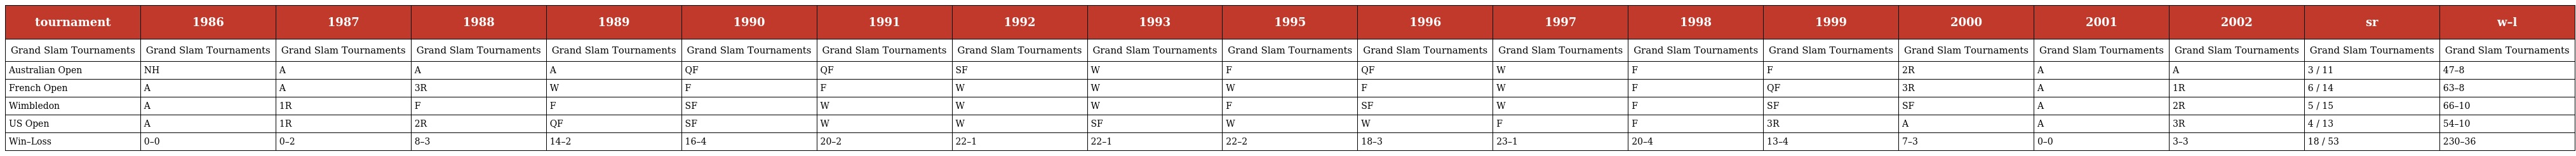
| tournament | 1986 | 1987 | 1988 | 1989 | 1990 | 1991 | 1992 | 1993 | 1995 | 1996 | 1997 | 1998 | 1999 | 2000 | 2001 | 2002 | sr | w–l |
 | --- | --- | --- | --- | --- | --- | --- | --- | --- | --- | --- | --- | --- | --- | --- | --- | --- | --- | --- |
 | Grand Slam Tournaments | Grand Slam Tournaments | Grand Slam Tournaments | Grand Slam Tournaments | Grand Slam Tournaments | Grand Slam Tournaments | Grand Slam Tournaments | Grand Slam Tournaments | Grand Slam Tournaments | Grand Slam Tournaments | Grand Slam Tournaments | Grand Slam Tournaments | Grand Slam Tournaments | Grand Slam Tournaments | Grand Slam Tournaments | Grand Slam Tournaments | Grand Slam Tournaments | Grand Slam Tournaments | Grand Slam Tournaments |
 | Australian Open | NH | A | A | A | QF | QF | SF | W | F | QF | W | F | F | 2R | A | A | 3 / 11 | 47–8 |
 | French Open | A | A | 3R | W | F | F | W | W | W | F | W | F | QF | 3R | A | 1R | 6 / 14 | 63–8 |
 | Wimbledon | A | 1R | F | F | SF | W | W | W | F | SF | W | F | SF | SF | A | 2R | 5 / 15 | 66–10 |
 | US Open | A | 1R | 2R | QF | SF | W | W | SF | W | W | F | F | 3R | A | A | 3R | 4 / 13 | 54–10 |
 | Win–Loss | 0–0 | 0–2 | 8–3 | 14–2 | 16–4 | 20–2 | 22–1 | 22–1 | 22–2 | 18–3 | 23–1 | 20–4 | 13–4 | 7–3 | 0–0 | 3–3 | 18 / 53 | 230–36 |